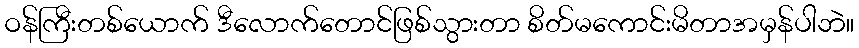
ဝန်ကြီးတစ်ယောက် ဒီလောက်တောင်ဖြစ်သွားတာ စိတ်မကောင်းမိတာအမှန်ပါဘဲ။